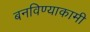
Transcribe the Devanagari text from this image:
बनविण्याकामी